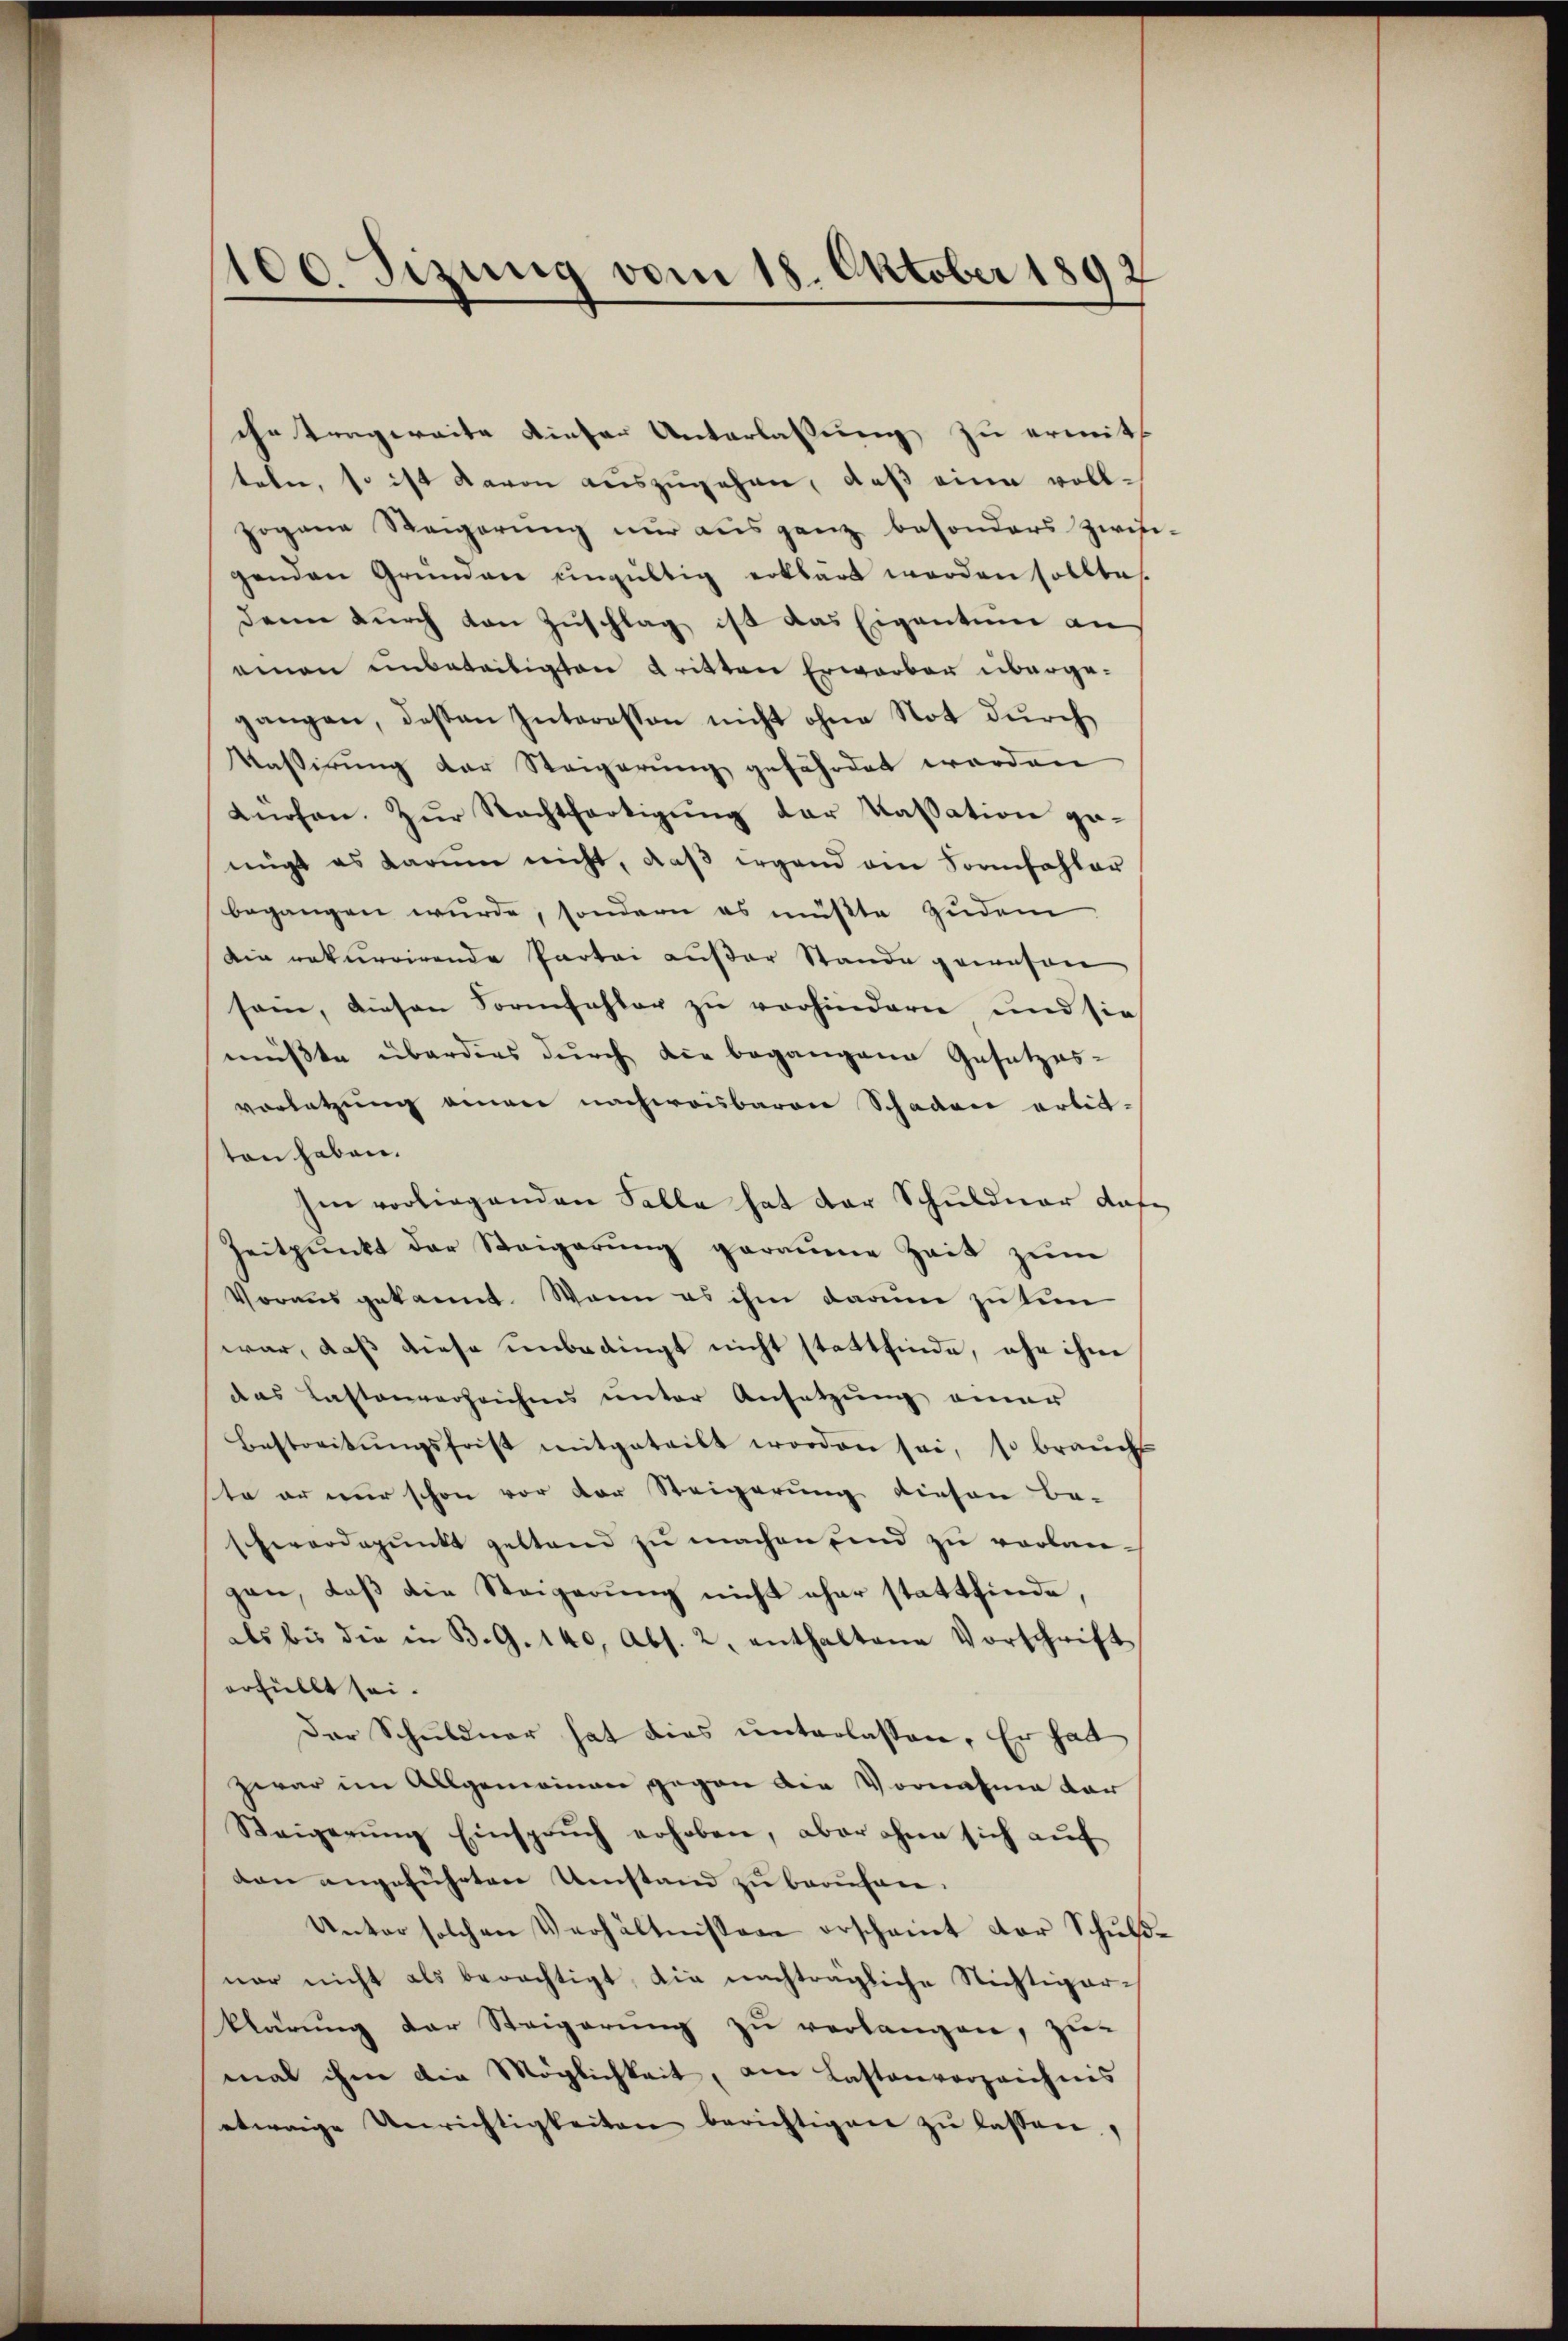
100. Sizung vom 18. Oktober 1892

che Tragweite dieser Unterlassung zu ermitteln, so ist davon auszugehen, daß eine vollpogane Steigerŭng nŭr aŭsganz besonders zwisi-
genden Gründen ungültig erklärt worden sollte.
dann durch von Zuschlag ist das Eigentum an
einen unbeseitigten dritten Erwarber übergegangen, deßen Interessen nicht ohne Not durch
Kassirung der Steigerung gefährdet worden
Lüchen. Zur Nachtfertigung der Kassation gemigt es darum nicht, daβ irgend ein Sonnfahler
begangen wurde, sondern es müßte zudem
Din rekurrirende Partei außer Stande gewesen
sam, diesen Formfehler zu vorhindern und sie
mußte überdies durch die begangene Gesetzes-
vorletzung einen nachweisbaren Schaden artitten haben.
Im vorliegenden Falle hat der Schuldner daf
Zeitpunkt der Steigerŭng geraume Zeit zŭm
Vorausgekannt. Wenn es ihm darum zu tem
war, daß diese unbedingt nicht stattfinde, ohn ihne
das Lastenverzeiches unter Ansetzung einer
Bestreitungsfrist mitgeteilt worden sei, so brauchs
ste er nur schon vor der Steigerung diesen be-
sherordepunkt gestand zu machen und zu verlangen, daß die Steigerung nicht eher stattfinde,
als bis die in B.G. 140, Abs. 2. enthaltene Vorschrift
erfüllt sei.
Der Schuldner hat dies unterlassen. Er hatt
zwar im Allgemeinen gegen die Vornahme dar
Steigerŭng Einsprŭch erhoben, aber ohne sich aŭf
den angeführten Umstand zu berufen.
Unter solchen Verhältnissen erscheint der Schulnor nicht als berechtigt, die nachträgliche Nichtigerklärung der Steigerung zu verlangen, zur
mal ihm die Möglichkeit, am Lastenverzeichnis
etwaige Unrichtigkeiten berichtigen zŭ lassen.